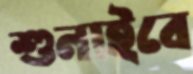
শুনাইবে